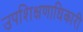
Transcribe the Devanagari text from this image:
उपशिक्षणाधिकारी